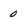
Character: 0